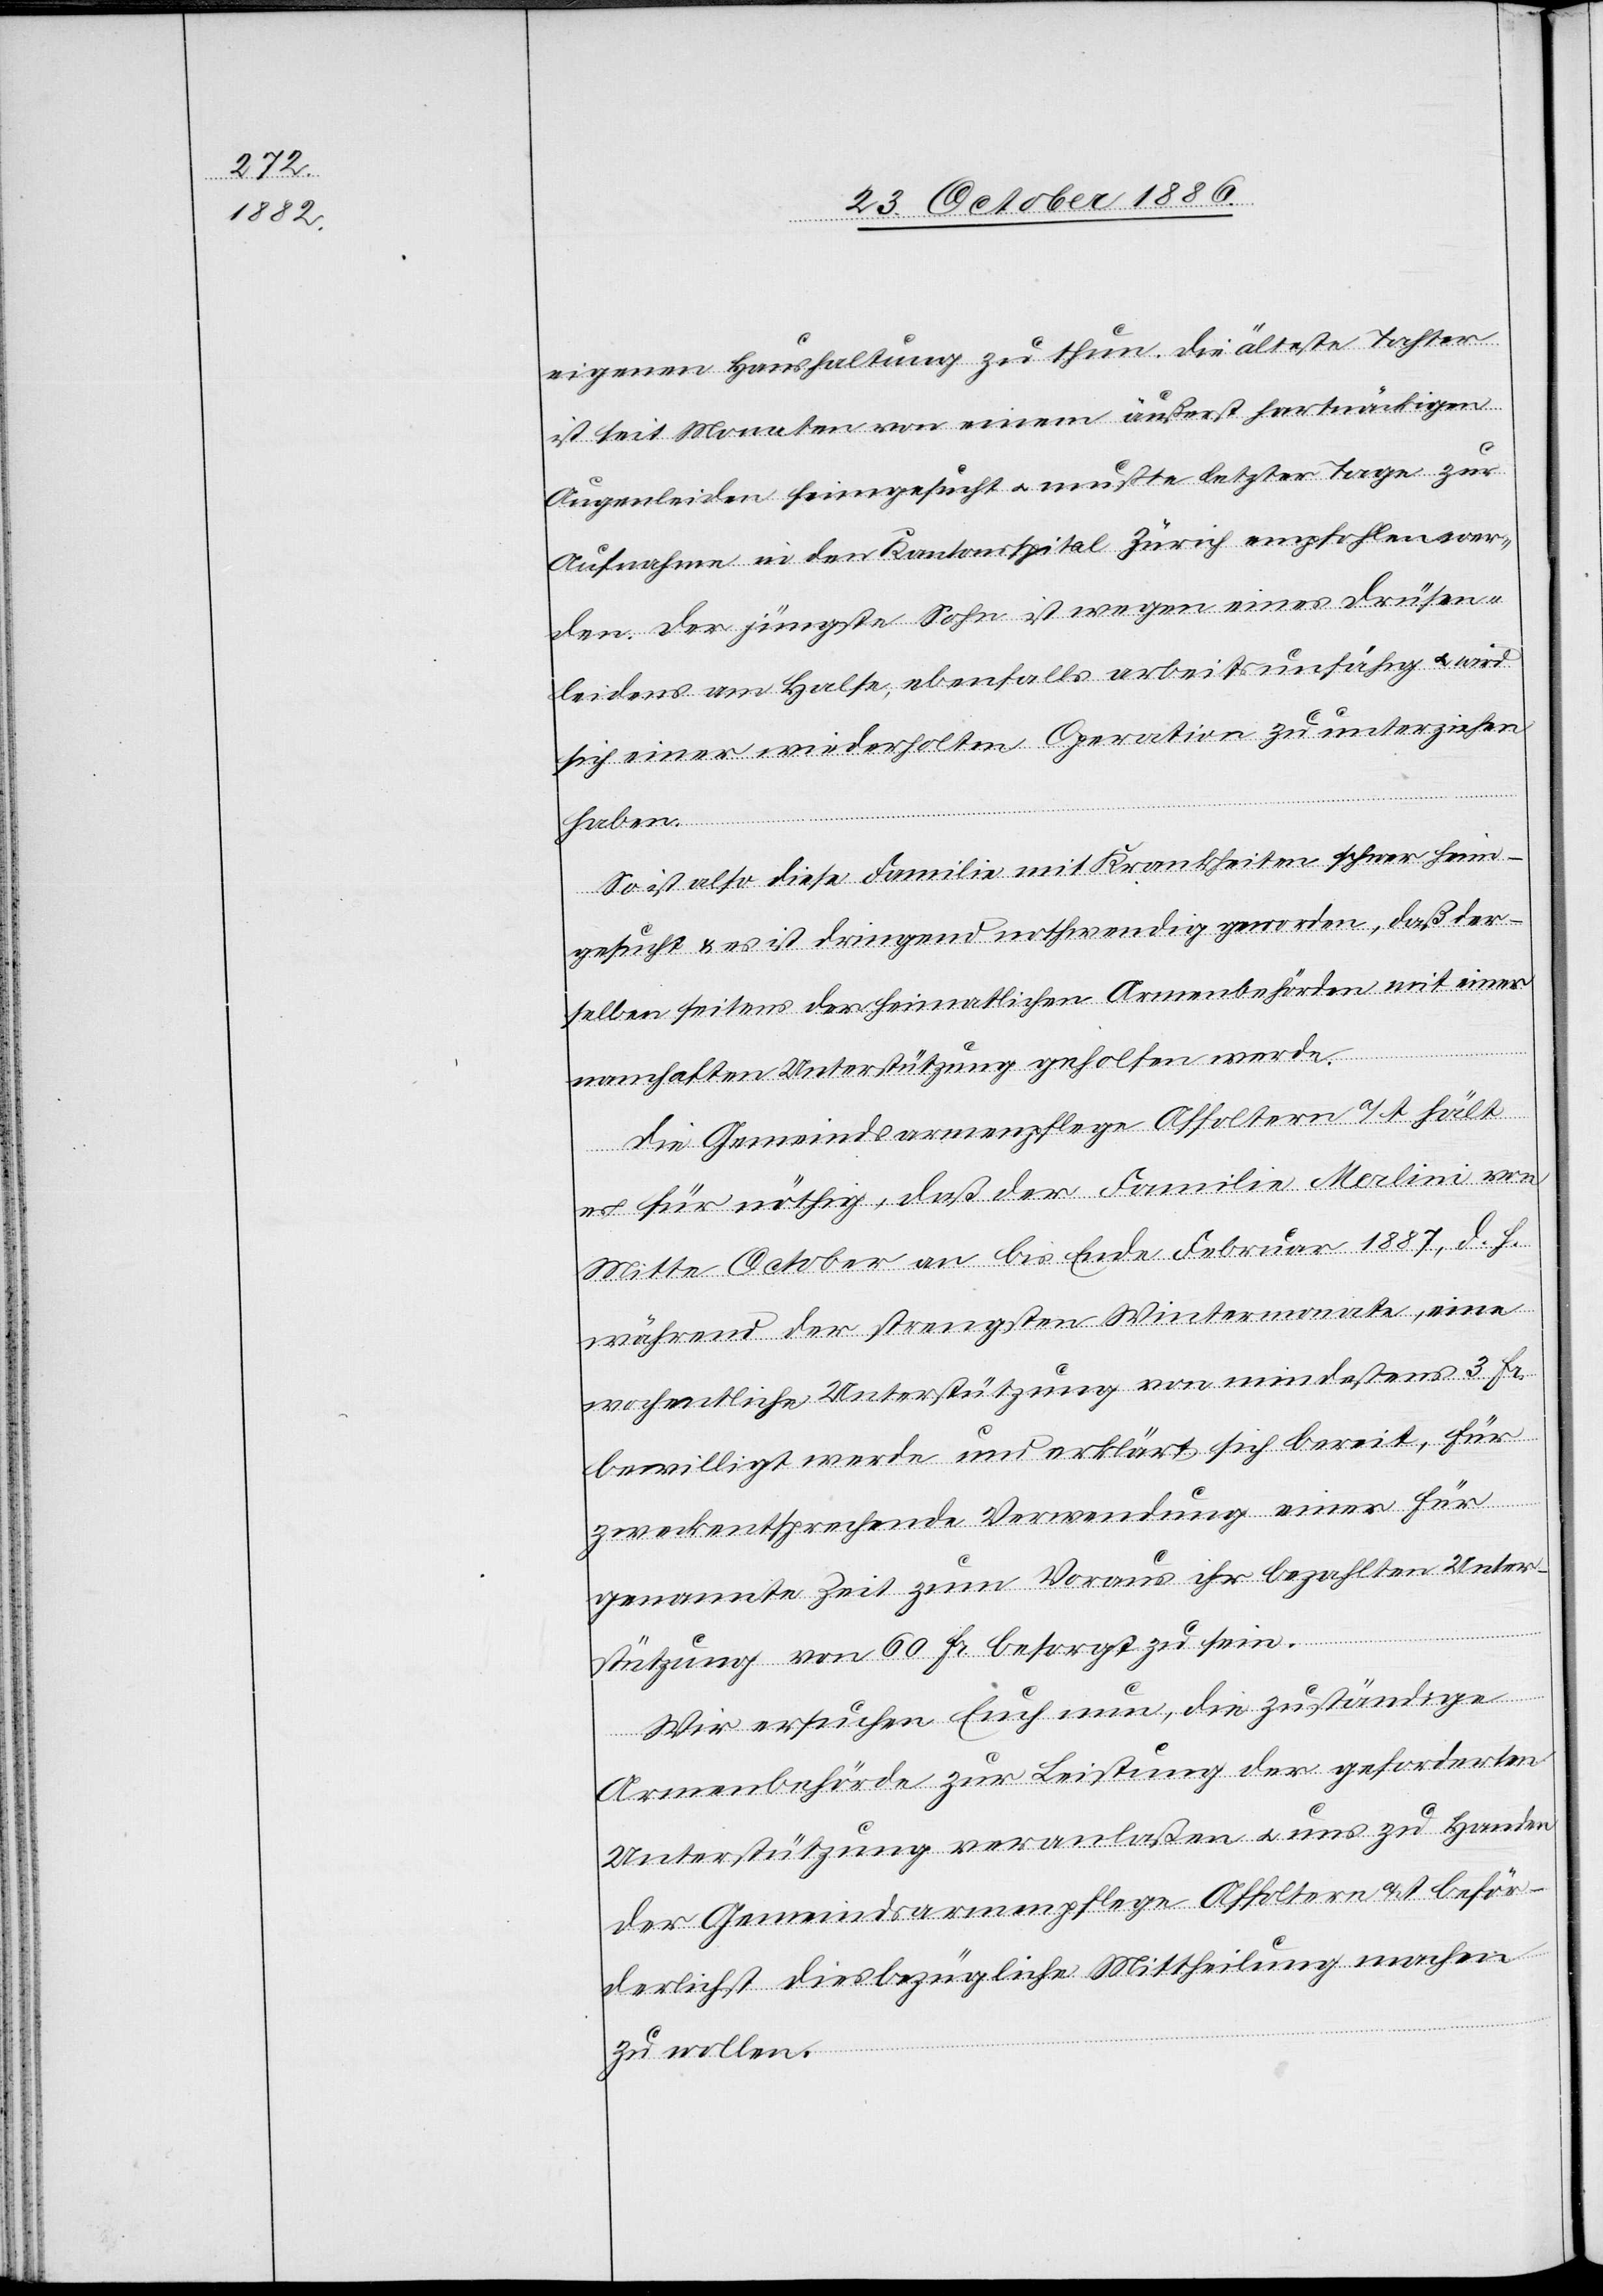
eigenen Haushaltung zu thun. Die älteste Tochter
ist seit Monaten von einem äußerst hartnäckigen
Augenleiden heimgesucht & mußte letzter Tage zur
Aufnahme in den Kantonsspital Zürich empfohlen wer¬
den. Der jüngste Sohn ist wegen eines Drüsen¬
leidens am Halse, ebenfalls arbeitsunfähig & wird
sich einer wiederholten Operation zu unterziehen
haben.
So ist also diese Familie mit Krankheiten schwer heim¬
gesucht & es ist dringend nothwendig geworden, daß der¬
selben seitens der heimatlichen Armenbehörden mit einer
namhaften Unterstützung geholfen werde.
Die Gemeindsarmenpflege Affoltern a/A. hält
es für nöhtig, daß der Familie Merlini von
Mitte October an bis Ende Februar 1887, d. h.
während der strengsten Wintermonate, eine
wochentliche [sic!] Unterstützung von mindestens 3 Fr.
bewilligt werde und erklärt sich bereit, für
zweckentsprechende Verwendung einer für
genannte Zeit zum Voraus ihr bezahlten Unter¬
stützung von 60 Fr. besorgt zu sein.
Wir ersuchen Euch nun, die zuständige
Armenbehörde zur Leistung der geforderten
Unterstützung veranlaßen & uns zu Handen
der Gemeindsarmenpflege Affoltern a/A beför¬
derlichst diesbezügliche Mittheilung machen
zu wollen.